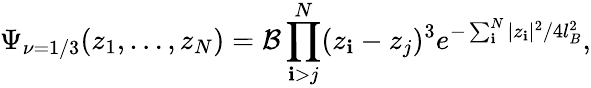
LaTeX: \Psi_{\nu=1/3}(z_{1},\dots,z_{N})={\cal{B}}\prod_{\mathbf{i}>j}^{N}(z_{\mathbf{i}}-z_{j})^{3}e^{-\sum_{\mathbf{i}}^{N}|z_{\mathbf{i}}|^{2}/4l_{B}^{2}},